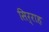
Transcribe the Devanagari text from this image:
सिर्राह